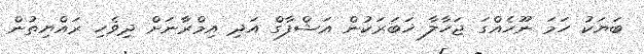
ބަޔަކު ހަމަ ނޫހެއްގަ ޖަހާލާ ޚަބަރަކުން އަޝްފާގް އަދި އިމްރާނަށް ދިވެހި ރައްޔިތުން